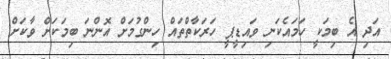
އަދި އެ ބިމަކީ ހަމައެކަނި ވައިޑީޕީ ހަރަކާތްތައް ހިންގުމަށް އޮންނަ ބިމަކަށް ވާކަށް